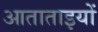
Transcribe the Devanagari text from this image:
आताताइयों